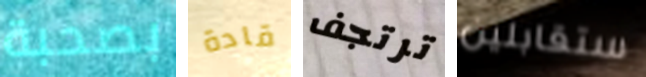
بصحبة قادة ترتجف ستقابلين